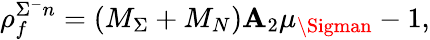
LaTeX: \rho_{f}^{\Sigma^{-}n}=(M_{\Sigma}+M_{N})\mathbf{A}_{2}\mu_{\Sigman}-1,